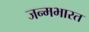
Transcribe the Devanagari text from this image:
जन्मभारत